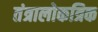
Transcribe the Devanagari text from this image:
तंत्रालोकत्रिक